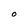
Character: O